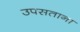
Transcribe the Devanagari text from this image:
उपसताना